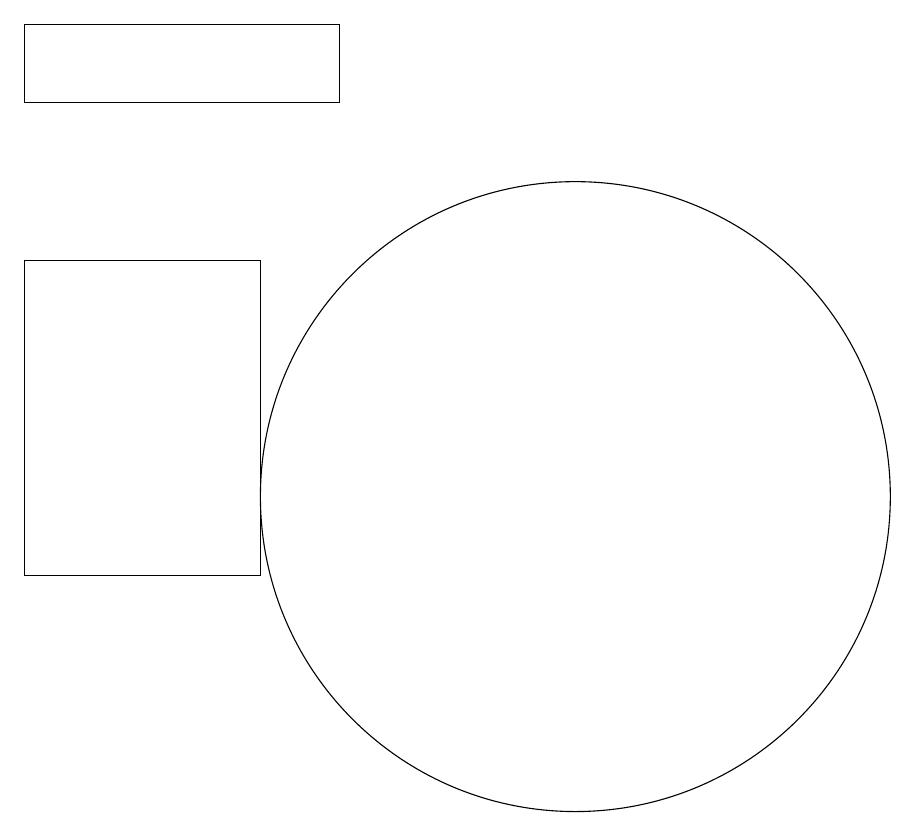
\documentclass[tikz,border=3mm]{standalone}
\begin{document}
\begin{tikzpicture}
\draw (10,12) circle (4);
\draw (6,15) rectangle (3,11);
\draw (3,18) rectangle (7,17);
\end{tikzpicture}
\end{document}